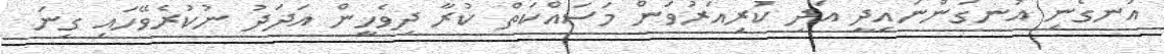
އުނގެނި އުނގަންނައިދީ އަދި ކުރިއަރުވަން މަސައްކަތް ކުރާ ދިވެހީން އަދަދު ނުކުރެވޭހައި ގިނަ